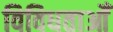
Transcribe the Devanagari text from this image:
विविधताओँ